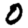
Digit: 0